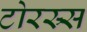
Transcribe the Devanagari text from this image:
टोरस्र्स